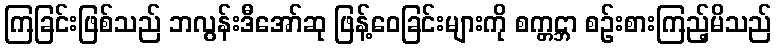
ကြခြင်းဖြစ်သည် ဘလွန်းဒီအော်ဆု ဖြန့်ဝေခြင်းများကို စက္တင္ဘာ စဉ်းစားကြည့်မိသည်